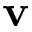
\bf { v }